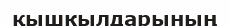
қышкылдарының